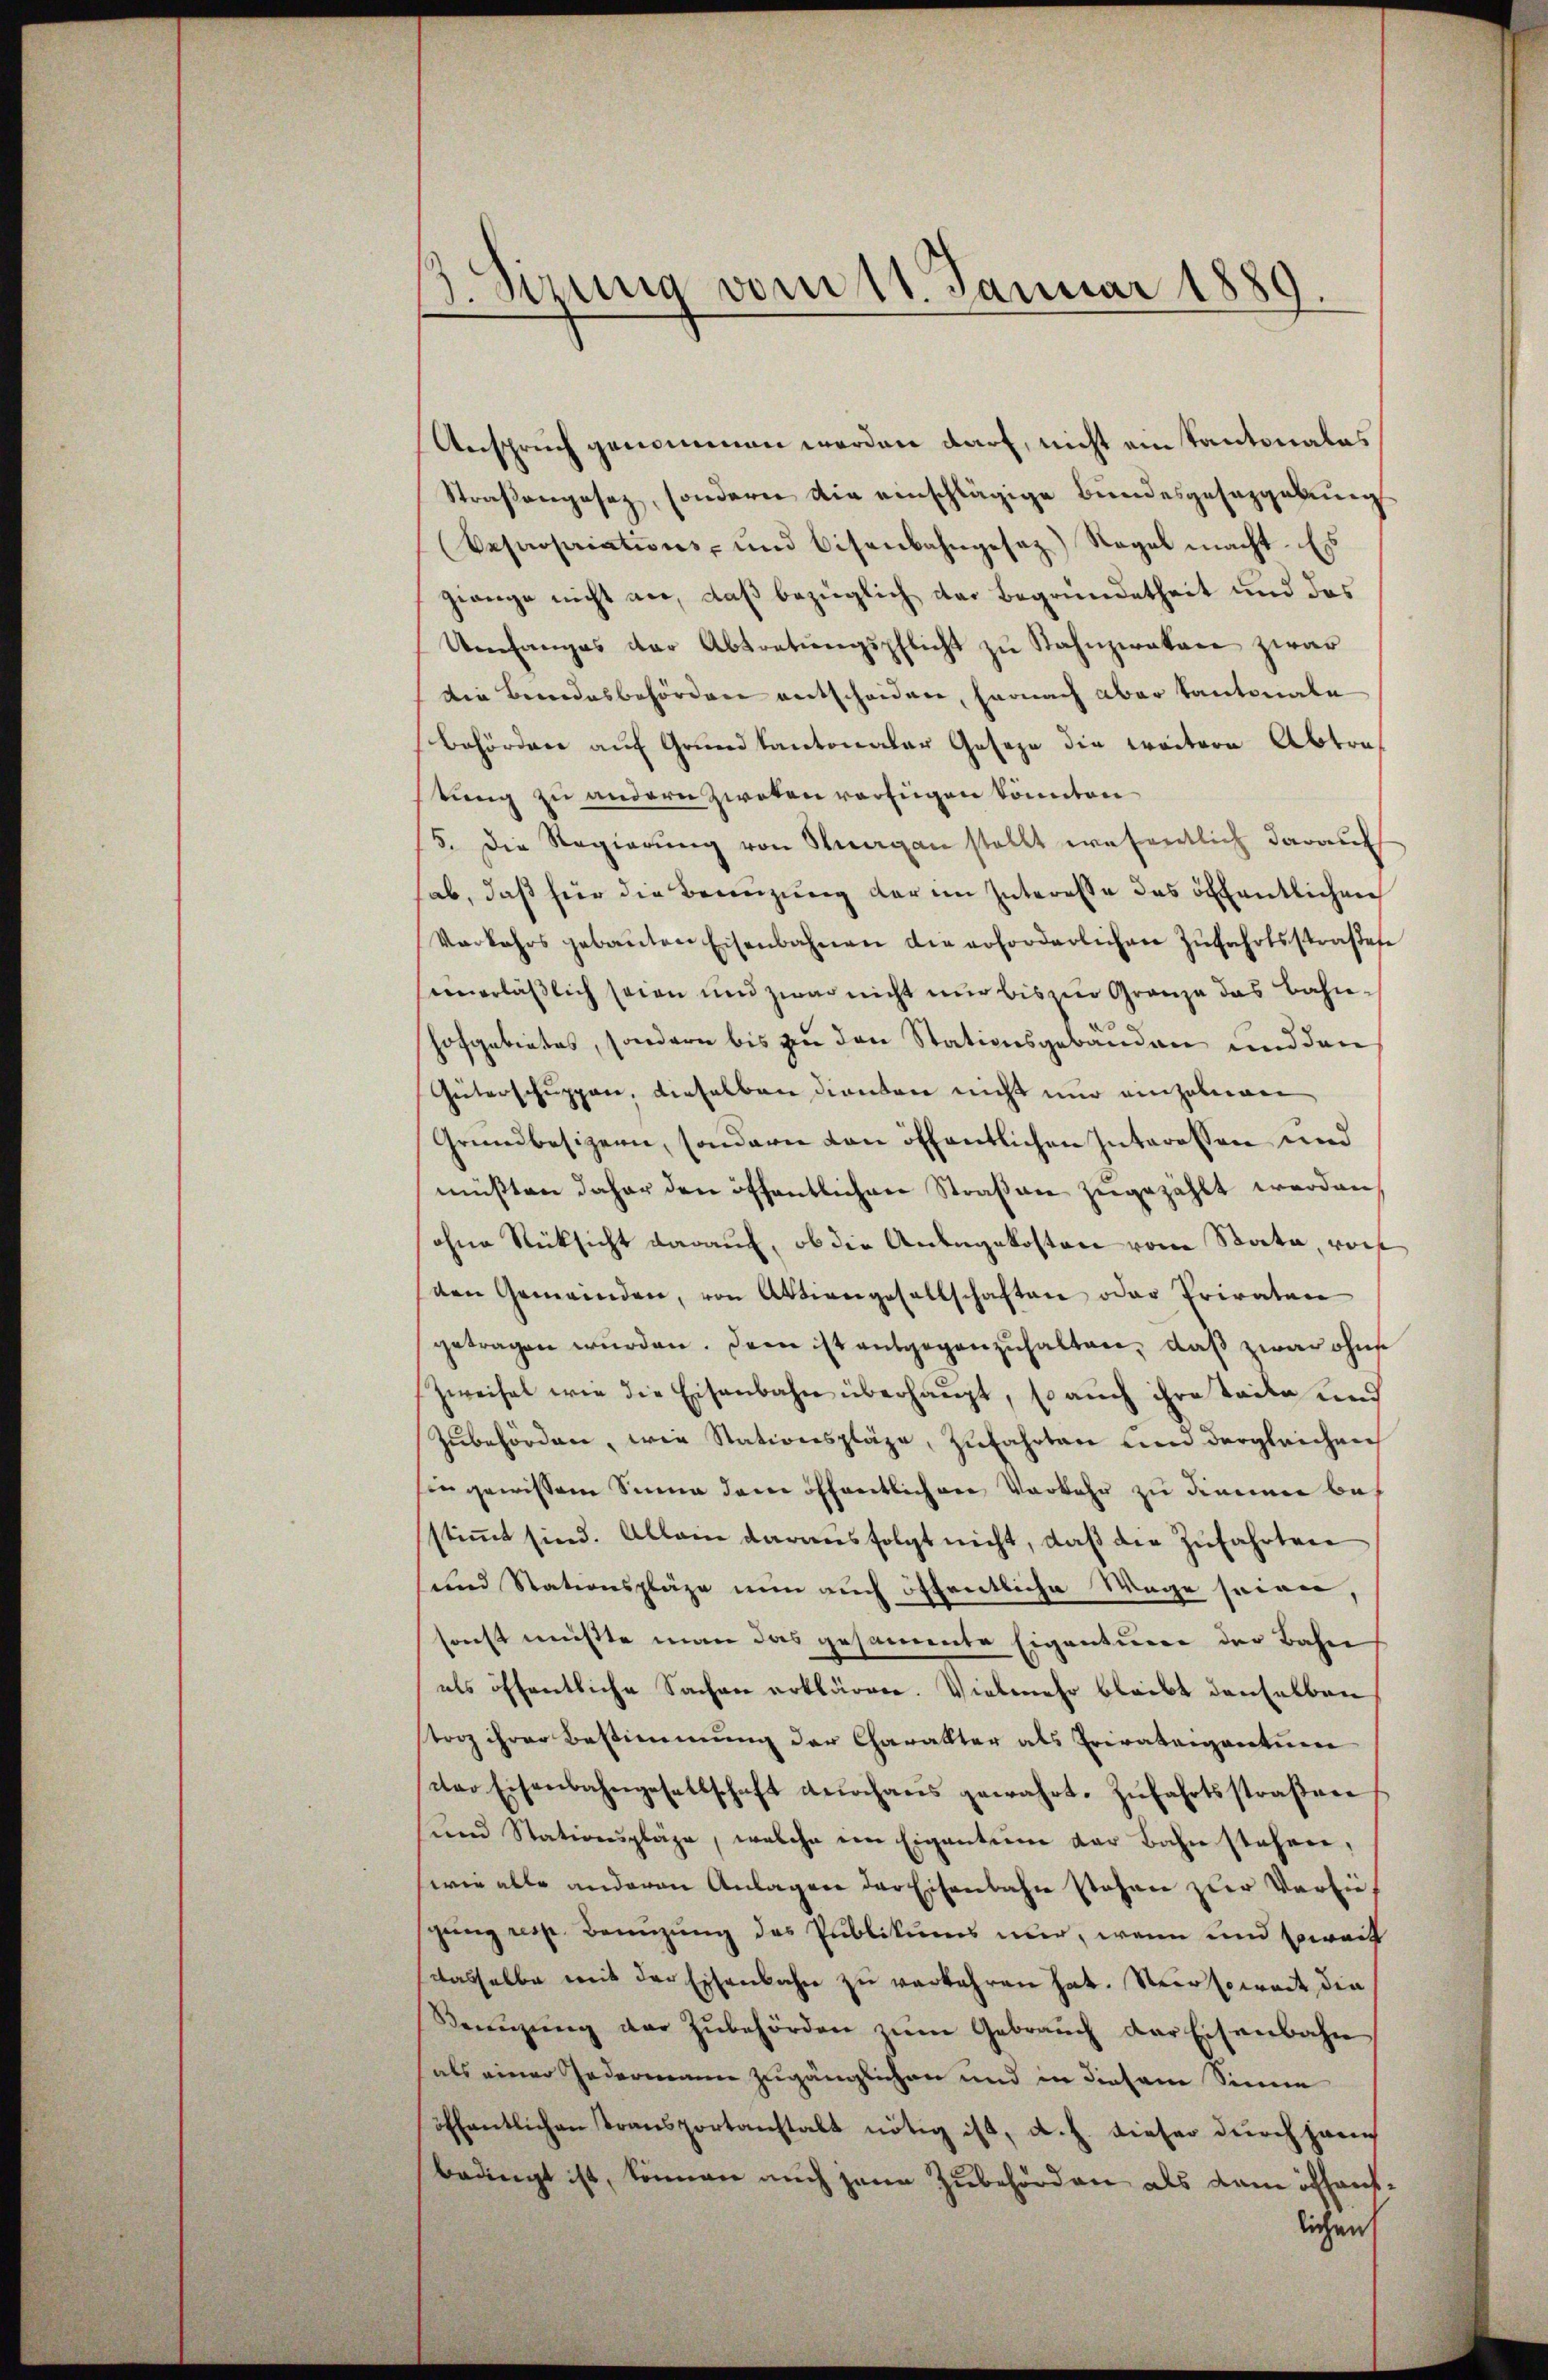
1. Sizung vom 11. Januar 1889.

Anspruch genommen werden darf, nicht ein Kantonales
Straßengesetz, sondern die einschlägige Bundesgesezgebung
(Cepropriations- und Eisenbahngesaz) Nagel macht. Es
gienge nicht an, daß bezüglich das Begründetheit und des
Umfanges der Abtretŭngspflicht zŭ Stahnzwakan zwar
die Beredesbehörden entscheidere, harnach aber Kantonale
behörden auf Grund kantonaler Geseze die weitere Abtratung zu andern zwoten verfügen könnten
15. Die Regierŭng von Stuargau stellt wesentlich darauf
ab, daß hier die Benuzung der im Interesse das öffentlichen
Verkehrs gebauten Eisenbahnen die erforderlichen Zŭfahrtsstraβese
seinerläßlich seien und zwar nicht nur bis zur Gränze das Bahnhofgebietes, sondern bis zu den Stationsgebäuden und den
Güterschuppen, dieselben dienten nicht nur einzubeigen
Grundbesizern, sondern von öffentlichen Interessen und
müßten daher den öffentlichen Straßen zugezählt werden
ohne Rücksicht darauf, ob die Anlegekosten vom Stata, wor
ven Gemeinden, von Aktiengesellschaften oder Privaten
getragen würden. Denn ist entgegenzuhalten, daß zwar ohne
Zweifel wie die Eisenbahn überhaupt, so auch ihre taile und
zŭbehörden, wie Stationspläge, zŭfahrten und dergleichnei
Ein gewissem Sinne dem öffentlichen Vorkehr zu dienen bes
stimmt sind. Allein darausfolgt nicht, daß die Zufahrten
und Stationspläge nun auch öffentliche Wege seien,
sonst müßte man das gesammte Eigenturen der Bahn
als öffentliche Sachen erklären. Vielmehr bleibt denselben
torz ihrer Bestimmung der Charakter als Privateigentum
dter Eisenbahngesellschaft durchaus gewahrt. Zŭfahrtsstraβen
ŭnd Stationspläge, welche im Eigentum der Bahn stehen,
(wie alle anderen Anlagen der Eisenbahn stehen zur Vorliesgang resp. Benuzung des Publikums nur, wenn und soweit
dasselbe mit der Eisenbahn zu verkehren hat. Nein soweit die
Benŭzŭng der zŭbehörden zŭm Gebraŭch der Eisenbahn
als einer Jedermann zugänglichen und in diesem Sinne
öffentlichen Transportanstalt nötig ist, d. h. dieser durch hann
bedingt ist, können auch jene Zubehörden als kam öffentlichen